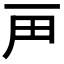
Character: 𬻉